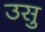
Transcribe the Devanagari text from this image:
उसु